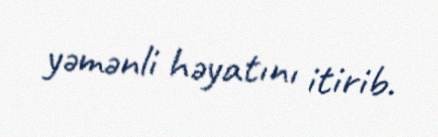
yəmənli həyatını itirib.